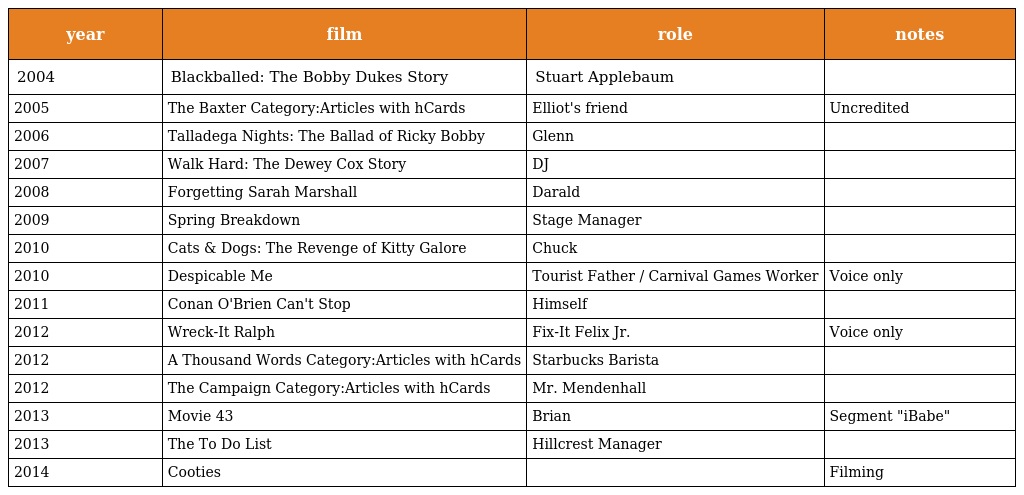
| year | film | role | notes |
 | --- | --- | --- | --- |
 | 2004 | Blackballed: The Bobby Dukes Story | Stuart Applebaum |  |
 | 2005 | The Baxter Category:Articles with hCards | Elliot's friend | Uncredited |
 | 2006 | Talladega Nights: The Ballad of Ricky Bobby | Glenn |  |
 | 2007 | Walk Hard: The Dewey Cox Story | DJ |  |
 | 2008 | Forgetting Sarah Marshall | Darald |  |
 | 2009 | Spring Breakdown | Stage Manager |  |
 | 2010 | Cats & Dogs: The Revenge of Kitty Galore | Chuck |  |
 | 2010 | Despicable Me | Tourist Father / Carnival Games Worker | Voice only |
 | 2011 | Conan O'Brien Can't Stop | Himself |  |
 | 2012 | Wreck-It Ralph | Fix-It Felix Jr. | Voice only |
 | 2012 | A Thousand Words Category:Articles with hCards | Starbucks Barista |  |
 | 2012 | The Campaign Category:Articles with hCards | Mr. Mendenhall |  |
 | 2013 | Movie 43 | Brian | Segment "iBabe" |
 | 2013 | The To Do List | Hillcrest Manager |  |
 | 2014 | Cooties |  | Filming |